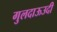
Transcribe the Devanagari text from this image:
गुलदाऊउदी